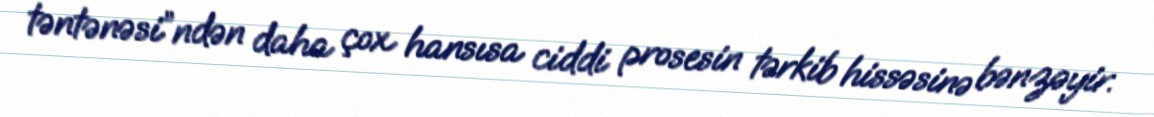
təntənəsi”ndən daha çox hansısa ciddi prosesin tərkib hissəsinə bənzəyir.